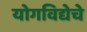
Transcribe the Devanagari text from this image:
योगविद्येचे